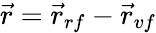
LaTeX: \vec{r}=\vec{r}_{rf}-\vec{r}_{vf}